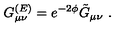
G _ { \mu \nu } ^ { ( E ) } = e ^ { - 2 \phi } \tilde { G } _ { \mu \nu } \ .